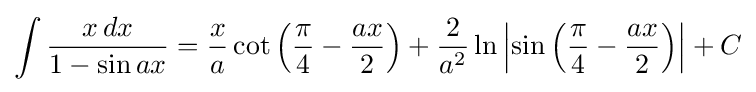
\int {\frac {x\,dx}{1-\sin ax}}={\frac {x}{a}}\cot \left({\frac {\pi }{4}}-{\frac {ax}{2}}\right)+{\frac {2}{a^{2}}}\ln \left|\sin \left({\frac {\pi }{4}}-{\frac {ax}{2}}\right)\right|+C